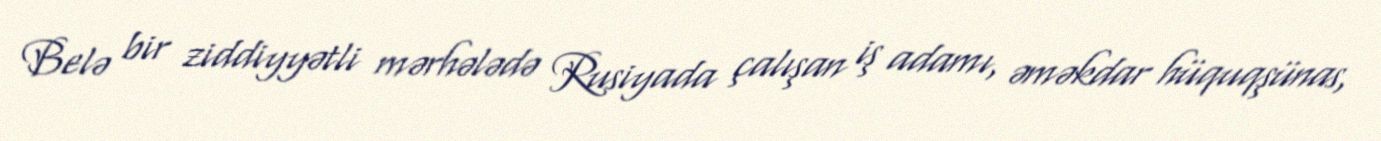
Belə bir ziddiyyətli mərhələdə Rusiyada çalışan iş adamı, əməkdar hüquqşünas,